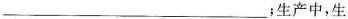
___；生产中，生l